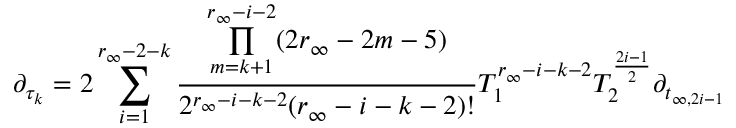
\partial _ { \tau _ { k } } = 2 \sum _ { i = 1 } ^ { r _ { \infty } - 2 - k } \frac { \underset { m = k + 1 } { \overset { r _ { \infty } - i - 2 } { \prod } } ( 2 r _ { \infty } - 2 m - 5 ) } { 2 ^ { r _ { \infty } - i - k - 2 } ( r _ { \infty } - i - k - 2 ) ! } T _ { 1 } ^ { r _ { \infty } - i - k - 2 } T _ { 2 } ^ { \frac { 2 i - 1 } { 2 } } \partial _ { t _ { \infty , 2 i - 1 } }